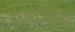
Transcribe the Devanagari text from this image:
तलक्कड